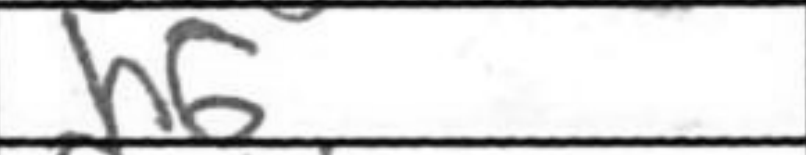
Transcription: h6